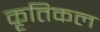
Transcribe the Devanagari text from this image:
कृतिकल